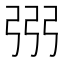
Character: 𢏝